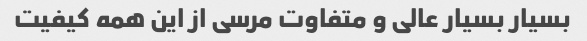
بسیار بسیار عالی و متفاوت مرسی از این همه کیفیت